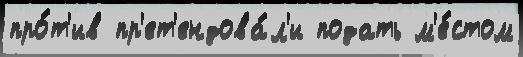
про́т'ив пр'ет'ендова́л'и подать м'е́стом